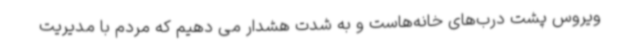
ویروس پشت درب‌های خانه‌هاست و به شدت هشدار می دهیم که مردم با مدیریت